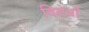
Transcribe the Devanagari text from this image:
विरोधोँ